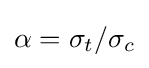
\alpha ={\sigma _{t}}/{\sigma _{c}}